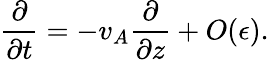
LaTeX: \frac{\partial}{\partial t}=-v_{A}\frac{\partial}{\partial z}+O(\epsilon).